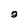
Character: a